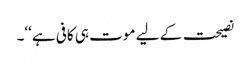
نصیحت کے لیے موت ہی کافی ہے‘‘۔